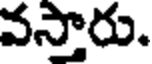
వస్తారు.